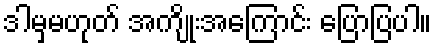
ဒါမှမဟုတ် အကျိုးအကြောင်း ပြောပြပါ။